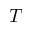
T